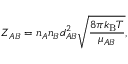
Z _ { A B } = n _ { A } n _ { B } d _ { A B } ^ { 2 } { \sqrt { \frac { 8 \pi k _ { \mathrm { { B } } } T } { \mu _ { A B } } } } ,